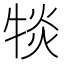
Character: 𪺯